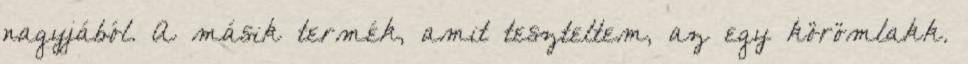
nagyjából. A másik termék, amit teszteltem, az egy körömlakk.